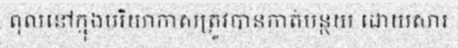
ពុលនៅក្នុងបរិយាកាសត្រូវបានកាត់បន្ថយ ដោយសារ